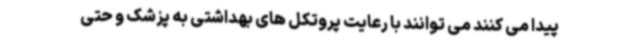
پیدا می کنند می توانند با رعایت پروتکل های بهداشتی به پزشک و حتی